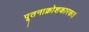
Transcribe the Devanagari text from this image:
पूतनाक्रोशकारकः।